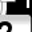
Digit: 7